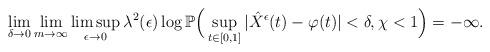
LaTeX: \begin{align*}\lim_{\delta\to0}\lim_{m\to\infty}\limsup_{\epsilon\to0}\lambda^2(\epsilon)\log\mathbb P\Big(\sup_{t\in[0,1]}|\hat{X}^{\epsilon}(t)-\varphi(t)|<\delta, \chi<1\Big)=-\infty.\end{align*}